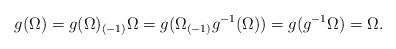
LaTeX: \begin{align*}g(\Omega) = g(\Omega)_{(-1)}\Omega =g(\Omega_{(-1)}g^{-1}(\Omega)) =g(g^{-1}\Omega) = \Omega.\end{align*}